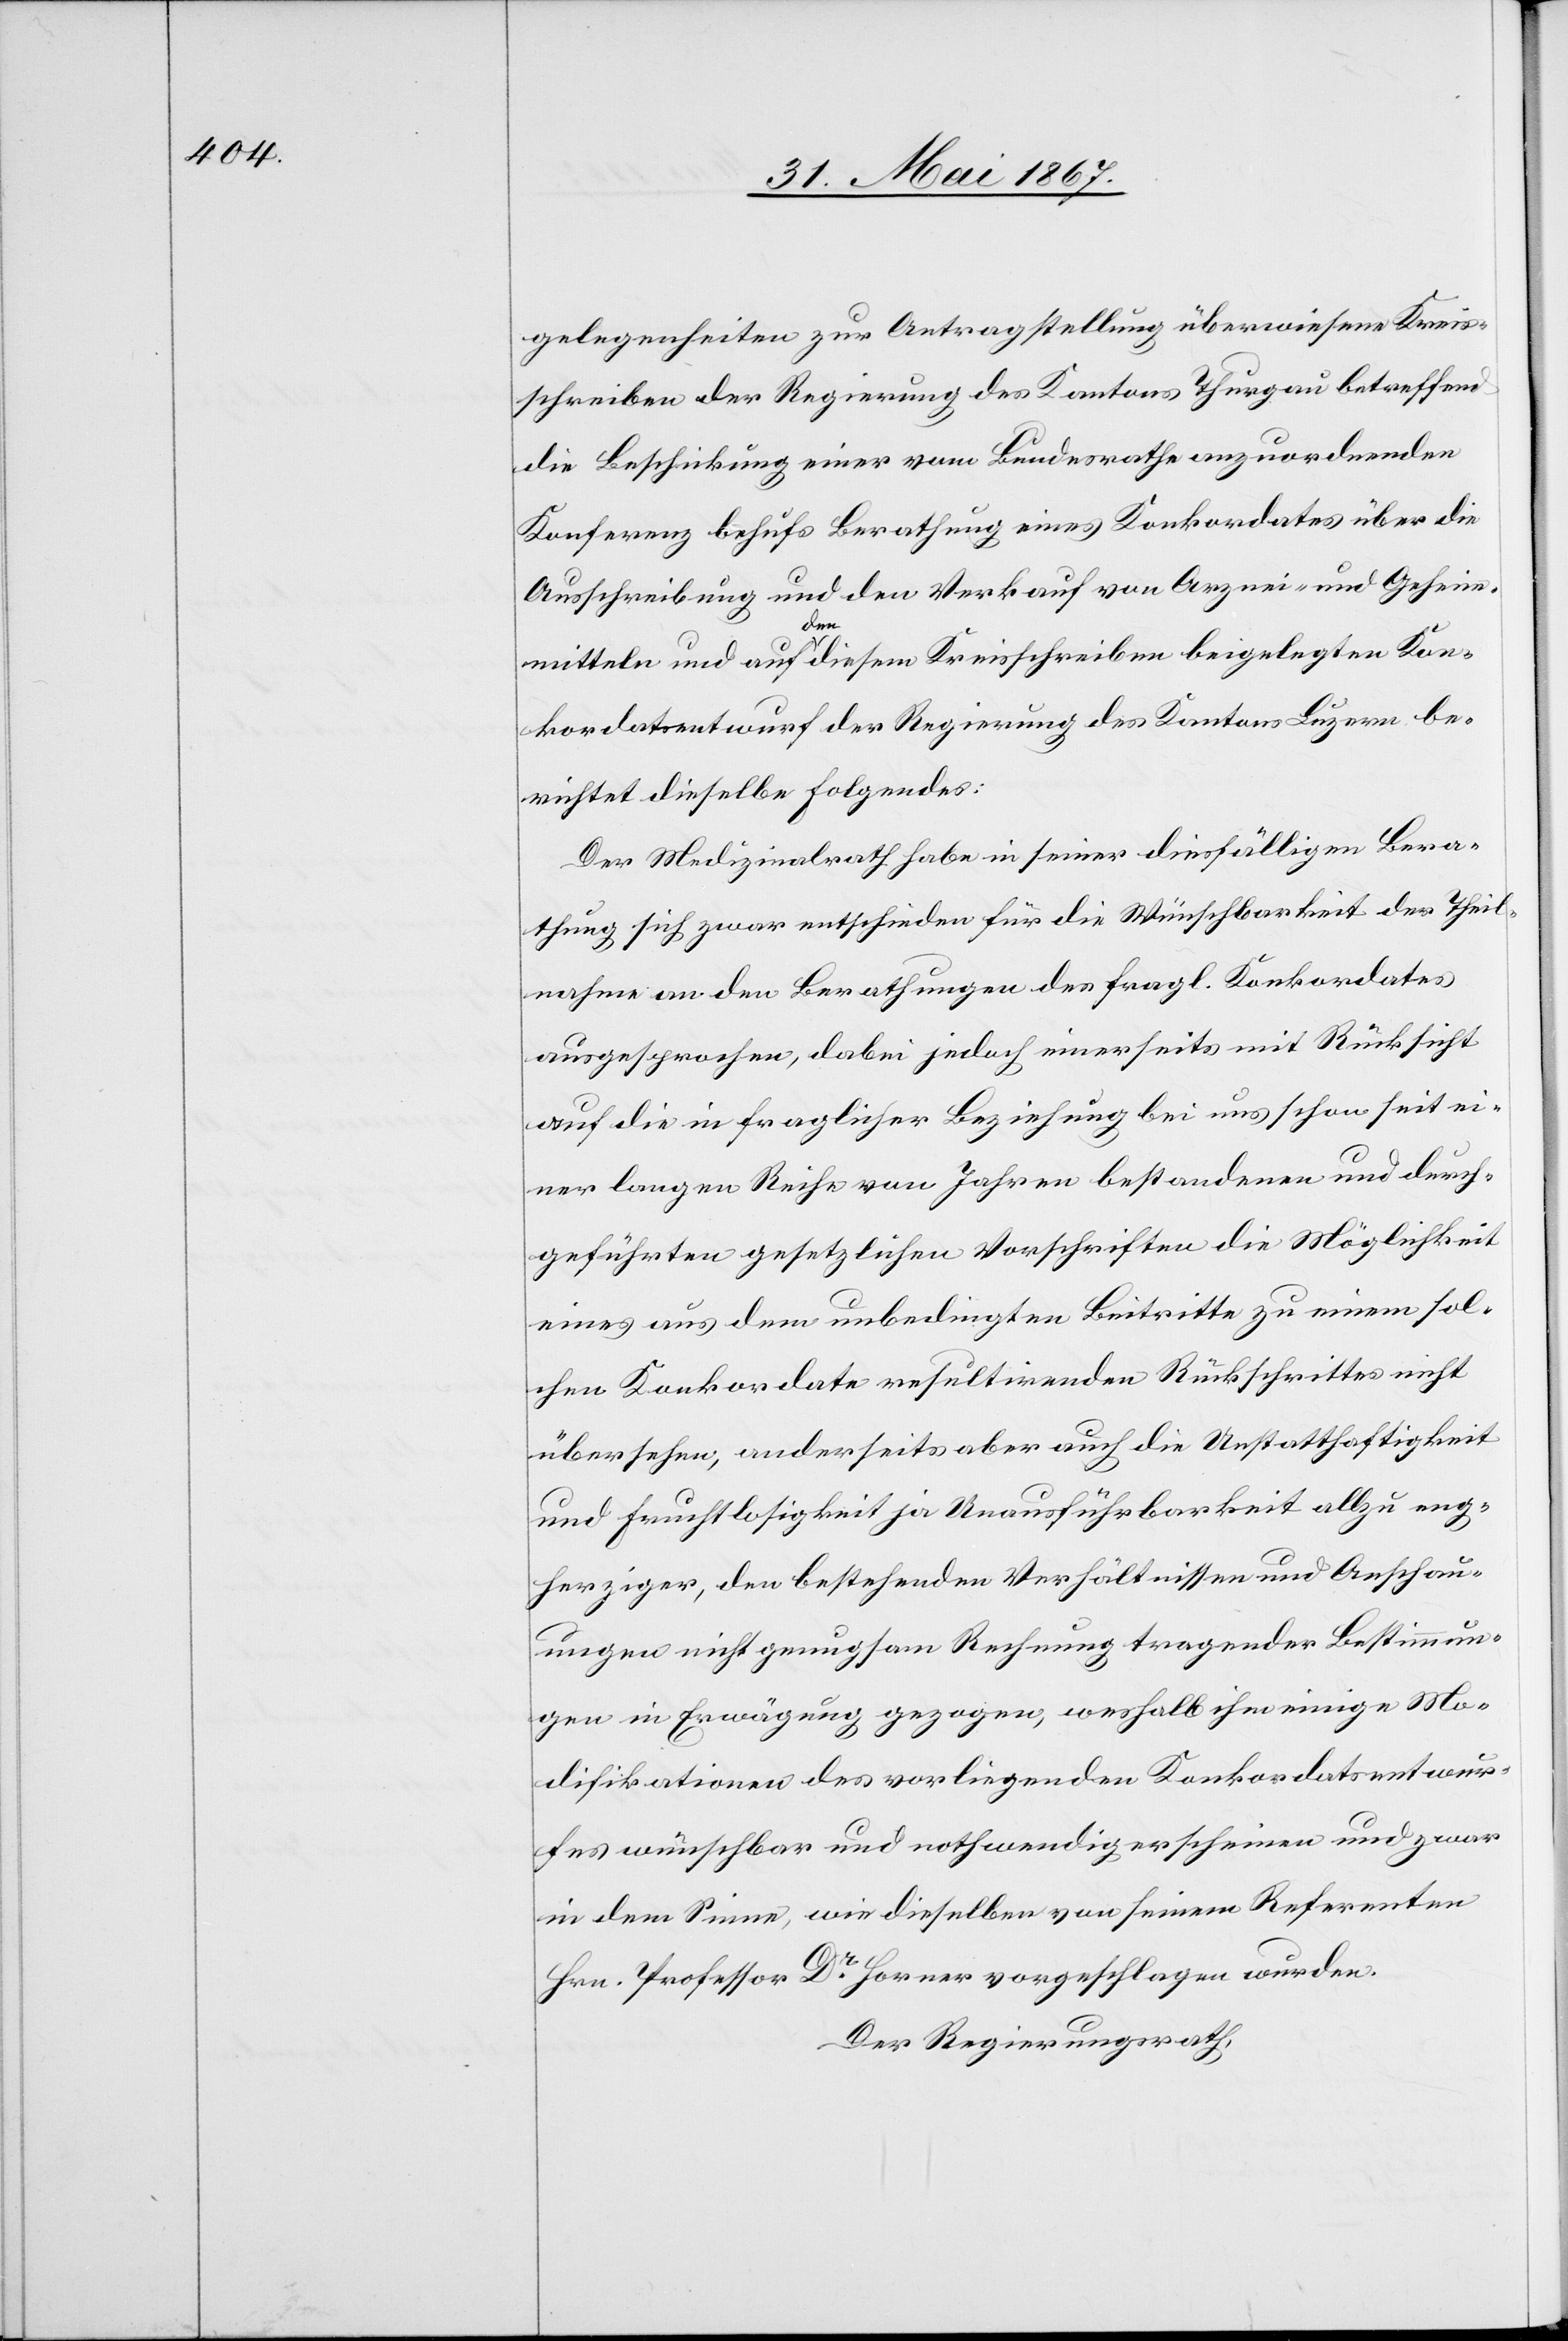
gelegenheiten zur Antragstellung überwiesene Kreis¬
schreiben der Regierung des Kantons Thurgau betreffend
die Beschikung einer vom Bundesrathe anzuordnenden
Konferenz behufs Berathung eines Konkordates über die
Ausschreibung und den Verkauf von Arznei- und Geheim¬
mitteln und auf den diesem Kreisschreiben beigelegten Kon¬
kordatsentwurf der Regierung des Kantons Luzern be¬
richtet dieselbe folgendes:
Der Medizinalrath habe in seiner diesfälligen Bera¬
thung sich zwar entschieden für die Wünschbarkeit der Theil¬
nahme an den Berathungen des fragl. Konkordates
ausgesprochen, dabei jedoch einerseits mit Rücksicht
auf die in fraglicher Beziehung bei uns schon seit ei¬
ner langen Reihe von Jahren bestandenen und durch¬
geführten gesetzlichen Vorschriften die Möglichkeit
eines aus dem unbedingten Beitritte zu einem sol¬
chen Konkordate resultirenden Rückschrittes nicht
übersehen, anderseits aber auch die Unstatthaftigkeit
und Fruchtlosigkeit ja Unausführbarkeit allzu eng¬
herziger, den bestehenden Verhältnissen und Anschau¬
ungen nicht genugsam Rechnung tragender Bestimmun¬
gen in Erwägung gezogen, weshalb ihm einige Mo¬
difikationen des vorliegenden Konkordatsentwur¬
fes wünschbar und nothwendig erscheinen und zwar
in dem Sinne, wie dieselben von seinem Referenten
Hrn. Professor Dr. Horner vorgeschlagen wurden.
Der Regierungsrath,